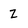
Character: z